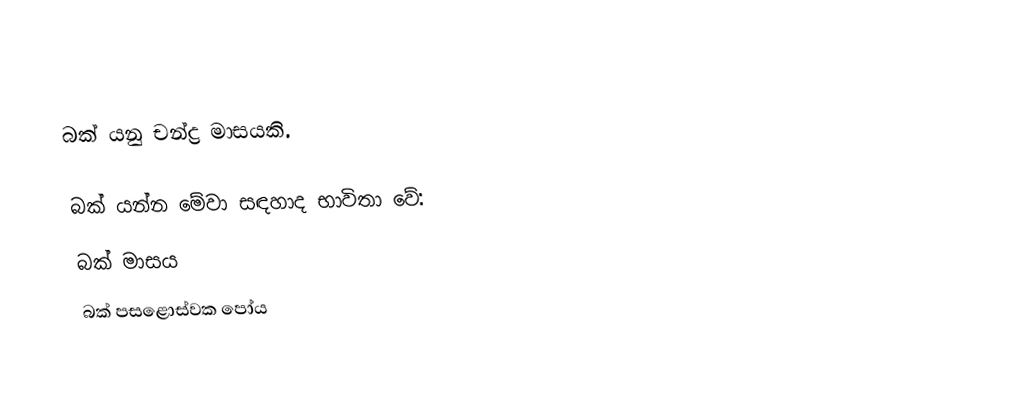
බක් යනු චන්ද්‍ර මාසයකි.

බක් යන්න මේවා සඳහාද භාවිතා වේ:
 බක් මාසය
 බක් පසළොස්වක පෝය